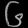
Digit: ၆